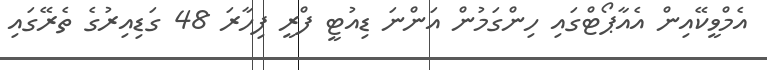
އެމްވީކޭއިން އެއާޕޯޓްގައި ހިންގަމުން އަންނަ ޑިއުޓީ ފްރީ ފިހާރަ 48 ގަޑިއިރުގެ ތެރޭގައި